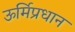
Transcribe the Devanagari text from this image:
ऊर्मिप्रधान